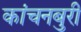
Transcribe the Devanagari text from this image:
कांचनबुरी